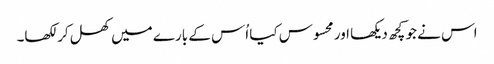
اس نے جو کچھ دیکھا اور محسوس کیا اُس کے بارے میں کھل کر لکھا۔